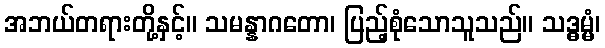
အဘယ်တရားတို့နှင့်။ သမန္နာဂတော၊ ပြည့်စုံသောသူသည်။ သဒ္ဓမ္မံ၊